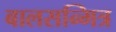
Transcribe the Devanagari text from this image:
बालसन्मित्र